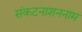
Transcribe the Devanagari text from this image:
संकटनाशननाम